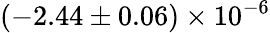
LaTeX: (-2.44\pm 0.06)\times 10^{-6}